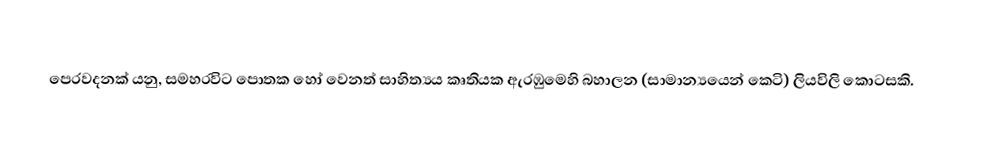
පෙරවදනක් යනු, සමහරවිට පොතක හෝ වෙනත්  සාහිත්‍යය කෘතියක ඇරඹුමෙහි බහාලන (සාමාන්‍යයෙන් කෙටි) ලියවිලි කොටසකි.